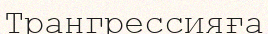
Трангрессияға